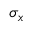
\sigma _ { x }